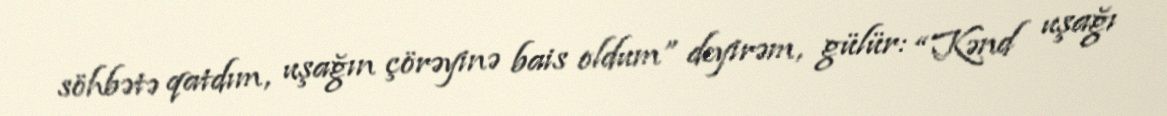
söhbətə qatdım, uşağın çörəyinə bais oldum” deyirəm, gülür: “Kənd uşağı